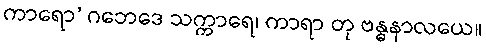
ကာရော’ ဂဘေဒေ သက္ကာရေ၊ ကာရာ တု ဗန္ဓနာလယေ။